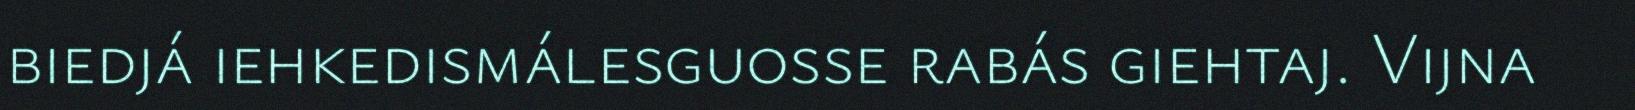
biedjá iehkedismálesguosse rabás giehtaj. Vijna